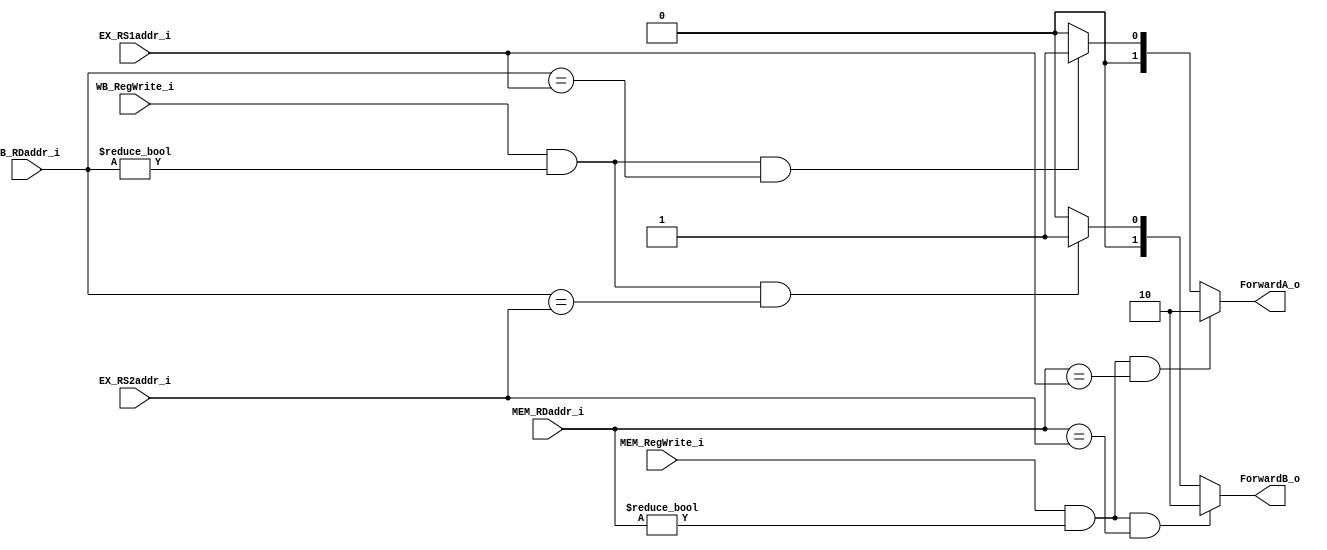
module Forward_Unit(
    MEM_RegWrite_i,
    MEM_RDaddr_i,
    WB_RegWrite_i,
    WB_RDaddr_i,
    EX_RS1addr_i,
    EX_RS2addr_i,
    ForwardA_o,
    ForwardB_o
);

input           MEM_RegWrite_i, WB_RegWrite_i;
input   [4:0]   MEM_RDaddr_i, WB_RDaddr_i, EX_RS1addr_i, EX_RS2addr_i;
output  [1:0]   ForwardA_o, ForwardB_o;

assign ForwardA_o = (MEM_RegWrite_i && MEM_RDaddr_i != 0 && MEM_RDaddr_i == EX_RS1addr_i)? 2'b10:
                    (WB_RegWrite_i && WB_RDaddr_i != 0 && WB_RDaddr_i == EX_RS1addr_i)? 2'b01: 2'b00;

assign ForwardB_o = (MEM_RegWrite_i && MEM_RDaddr_i != 0 && MEM_RDaddr_i == EX_RS2addr_i)? 2'b10:
                    (WB_RegWrite_i && WB_RDaddr_i != 0 && WB_RDaddr_i == EX_RS2addr_i)? 2'b01: 2'b00;

endmodule